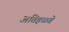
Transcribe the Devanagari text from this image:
अतिहळवे